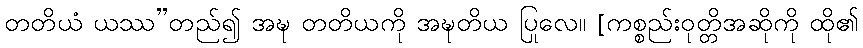
တတိယံ ယဿ”တည်၍ အဍ္ဎ တတိယကို အဍ္ဎတိယ ပြုလေ။ [ကစ္စည်းဝုတ္တိအဆိုကို ထို၏